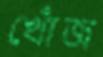
খোঁজ